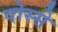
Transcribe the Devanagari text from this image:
पोस्से